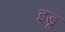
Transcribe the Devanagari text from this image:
इडू